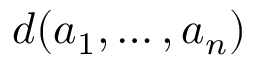
d ( a _ { 1 } , \ldots , a _ { n } )